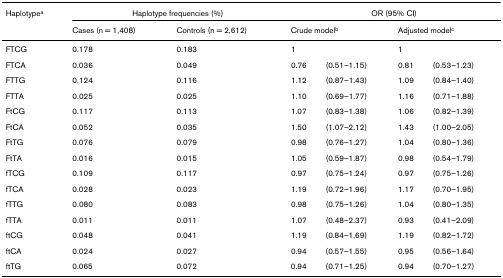
<table><thead><tr><td><b>Haplotype<sup>a</sup></b></td><td colspan="2"><b>Haplotype frequencies (%)</b></td><td colspan="4"><b>OR (95% CI)</b></td></tr><tr><td></td><td><b>Cases (n = 1,408)</b></td><td><b>Controls (n = 2,612)</b></td><td colspan="2"><b>Crude model<sup>b</sup></b></td><td colspan="2"><b>Adjusted model<sup>c</sup></b></td></tr></thead><tbody><tr><td>FTCG</td><td>0.178</td><td>0.183</td><td>1</td><td></td><td>1</td><td></td></tr><tr><td>FTCA</td><td>0.036</td><td>0.049</td><td>0.76</td><td>(0.51–1.15)</td><td>0.81</td><td>(0.53–1.23)</td></tr><tr><td>FTTG</td><td>0.124</td><td>0.116</td><td>1.12</td><td>(0.87–1.43)</td><td>1.09</td><td>(0.84–1.40)</td></tr><tr><td>FTTA</td><td>0.025</td><td>0.025</td><td>1.10</td><td>(0.69–1.77)</td><td>1.16</td><td>(0.71–1.88)</td></tr><tr><td>FtCG</td><td>0.117</td><td>0.113</td><td>1.07</td><td>(0.83–1.38)</td><td>1.06</td><td>(0.82–1.39)</td></tr><tr><td>FtCA</td><td>0.052</td><td>0.035</td><td>1.50</td><td>(1.07–2.12)</td><td>1.43</td><td>(1.00–2.05)</td></tr><tr><td>FtTG</td><td>0.076</td><td>0.079</td><td>0.98</td><td>(0.76–1.27)</td><td>1.04</td><td>(0.80–1.36)</td></tr><tr><td>FtTA</td><td>0.016</td><td>0.015</td><td>1.05</td><td>(0.59–1.87)</td><td>0.98</td><td>(0.54–1.79)</td></tr><tr><td>fTCG</td><td>0.109</td><td>0.117</td><td>0.97</td><td>(0.75–1.24)</td><td>0.97</td><td>(0.75–1.26)</td></tr><tr><td>fTCA</td><td>0.028</td><td>0.023</td><td>1.19</td><td>(0.72–1.96)</td><td>1.17</td><td>(0.70–1.95)</td></tr><tr><td>fTTG</td><td>0.080</td><td>0.083</td><td>0.98</td><td>(0.75–1.26)</td><td>1.04</td><td>(0.80–1.35)</td></tr><tr><td>fTTA</td><td>0.011</td><td>0.011</td><td>1.07</td><td>(0.48–2.37)</td><td>0.93</td><td>(0.41–2.09)</td></tr><tr><td>ftCG</td><td>0.048</td><td>0.041</td><td>1.19</td><td>(0.84–1.69)</td><td>1.19</td><td>(0.82–1.72)</td></tr><tr><td>ftCA</td><td>0.024</td><td>0.027</td><td>0.94</td><td>(0.57–1.55)</td><td>0.95</td><td>(0.56–1.64)</td></tr><tr><td>ftTG</td><td>0.065</td><td>0.072</td><td>0.94</td><td>(0.71–1.25)</td><td>0.94</td><td>(0.70–1.27)</td></tr></tbody></table>